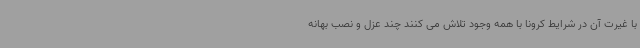
با غیرت آن در شرایط کرونا با همه وجود تلاش می کنند چند عزل و نصب بهانه